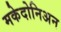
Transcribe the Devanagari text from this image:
मकेदोनिअन